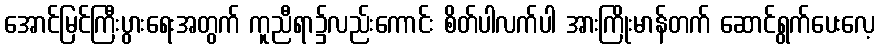
အောင်မြင်ကြီးပွားရေးအတွက် ကူညီရာ၌လည်းကောင်း စိတ်ပါလက်ပါ အားကြိုးမာန်တက် ဆောင်ရွက်ပေးလေ့